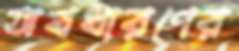
অবধারণের